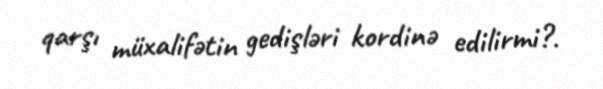
qarşı müxalifətin gedişləri kordinə edilirmi?.